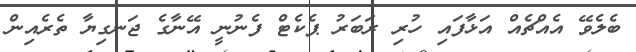
ބެލެވޭ އެއްޗެއް އަޅާފައި ހުރި ރަބަރު ޕެކެޓް ފެނުނީ އޭނާގެ ޖަނގިޔާ ތެރެއިން